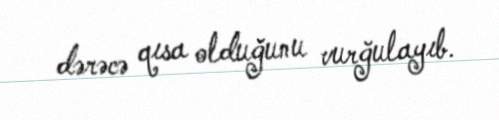
dərəcə qısa olduğunu vurğulayıb.